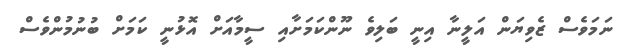
ނަމަވެސް ޒެވިޔަން އަލީނާ އިނީ ބަލިވެ ނޫންކަމަށާއި ސީމާއަށް އޮޅުނީ ކަމަށް ބުނުމުންވެސް